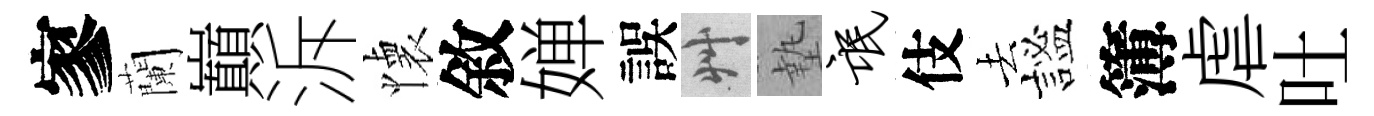
寥蘭巔泝懐敘婵誤艸墊氓伎去謐簿虐吐